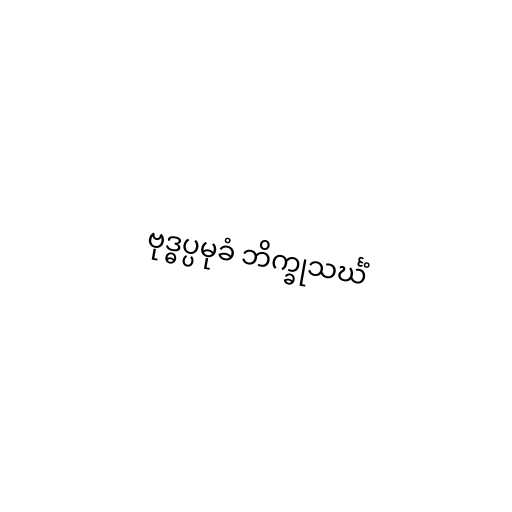
ဗုဒ္ဓပ္ပမုခံ ဘိက္ခုသင်္ဃံ